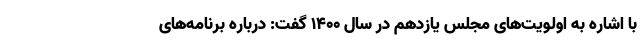
با اشاره به اولویت‌های مجلس یازدهم در سال ۱۴۰۰ گفت: درباره برنامه‌های